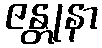
ဇန္တုနာ